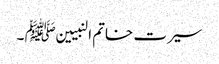
سیرت خاتم النبیین ﷺ ۔